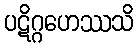
ပဋိဂ္ဂဟေဿသိ